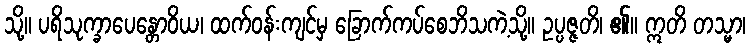
သို့။ ပရိသုက္ခာပေန္တောဝိယ၊ ထက်ဝန်းကျင်မှ ခြောက်ကပ်စေဘိသကဲ့သို့။ ဥပ္ပဇ္ဇတိ၊ ၏။ ဣတိ တသ္မာ၊